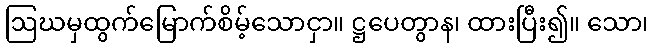
ဩဃမှထွက်မြောက်စိမ့်သောငှာ။ ဋ္ဌပေတွာန၊ ထားပြီး၍။ သော၊